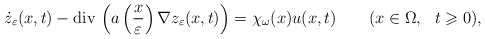
\begin{align*}\dot z_\varepsilon(x,t)-{\rm div}\, \left(a\left(\frac{x}{\varepsilon}\right)\nabla z_\varepsilon(x,t)\right)= \chi_\omega(x) u(x,t) \qquad(x\in \Omega,\ \ t\geqslant 0),\end{align*}